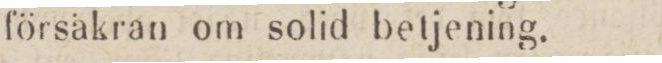
försäkran om solid betjening.